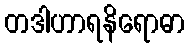
တဒါဟာရနိရောဓာ